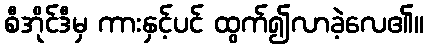
စီအိုင်ဒီမှ ကားနှင့်ပင် ထွက်၍လာခဲ့လေ၏။